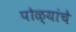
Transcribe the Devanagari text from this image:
पोळ्यांचे